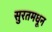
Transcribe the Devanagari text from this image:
सुरतमधून